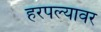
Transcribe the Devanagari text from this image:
हरपल्यावर